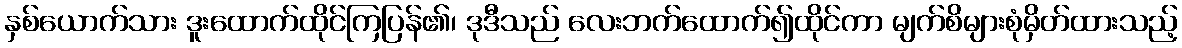
နှစ်ယောက်သား ဒူးထောက်ထိုင်ကြပြန်၏၊ ဒုဒီသည် လေးဘက်ထောက်၍ထိုင်ကာ မျက်စိများစုံမှိတ်ထားသည့်